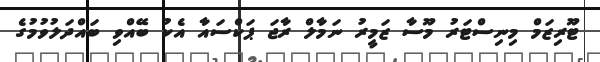
ޓޫރިޒަމް މިނިސްޓަރު މޫސާ ޒަމީރު ނަމާލް ރާޖަ ޕަކްސައާ އެކު ބޭއްވި ބައްދަލުވުމުގެ